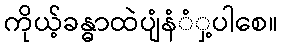
ကိုယ့်ခန္ဓာထဲပျံနံံှ့ပါစေ။